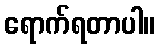
ရောက်ရတာပါ။